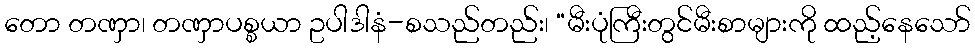
တော တဏှာ၊ တဏှာပစ္စယာ ဥပါဒါနံ-စသည်တည်း၊ “မီးပုံကြီးတွင်မီးစာများကို ထည့်နေသော်